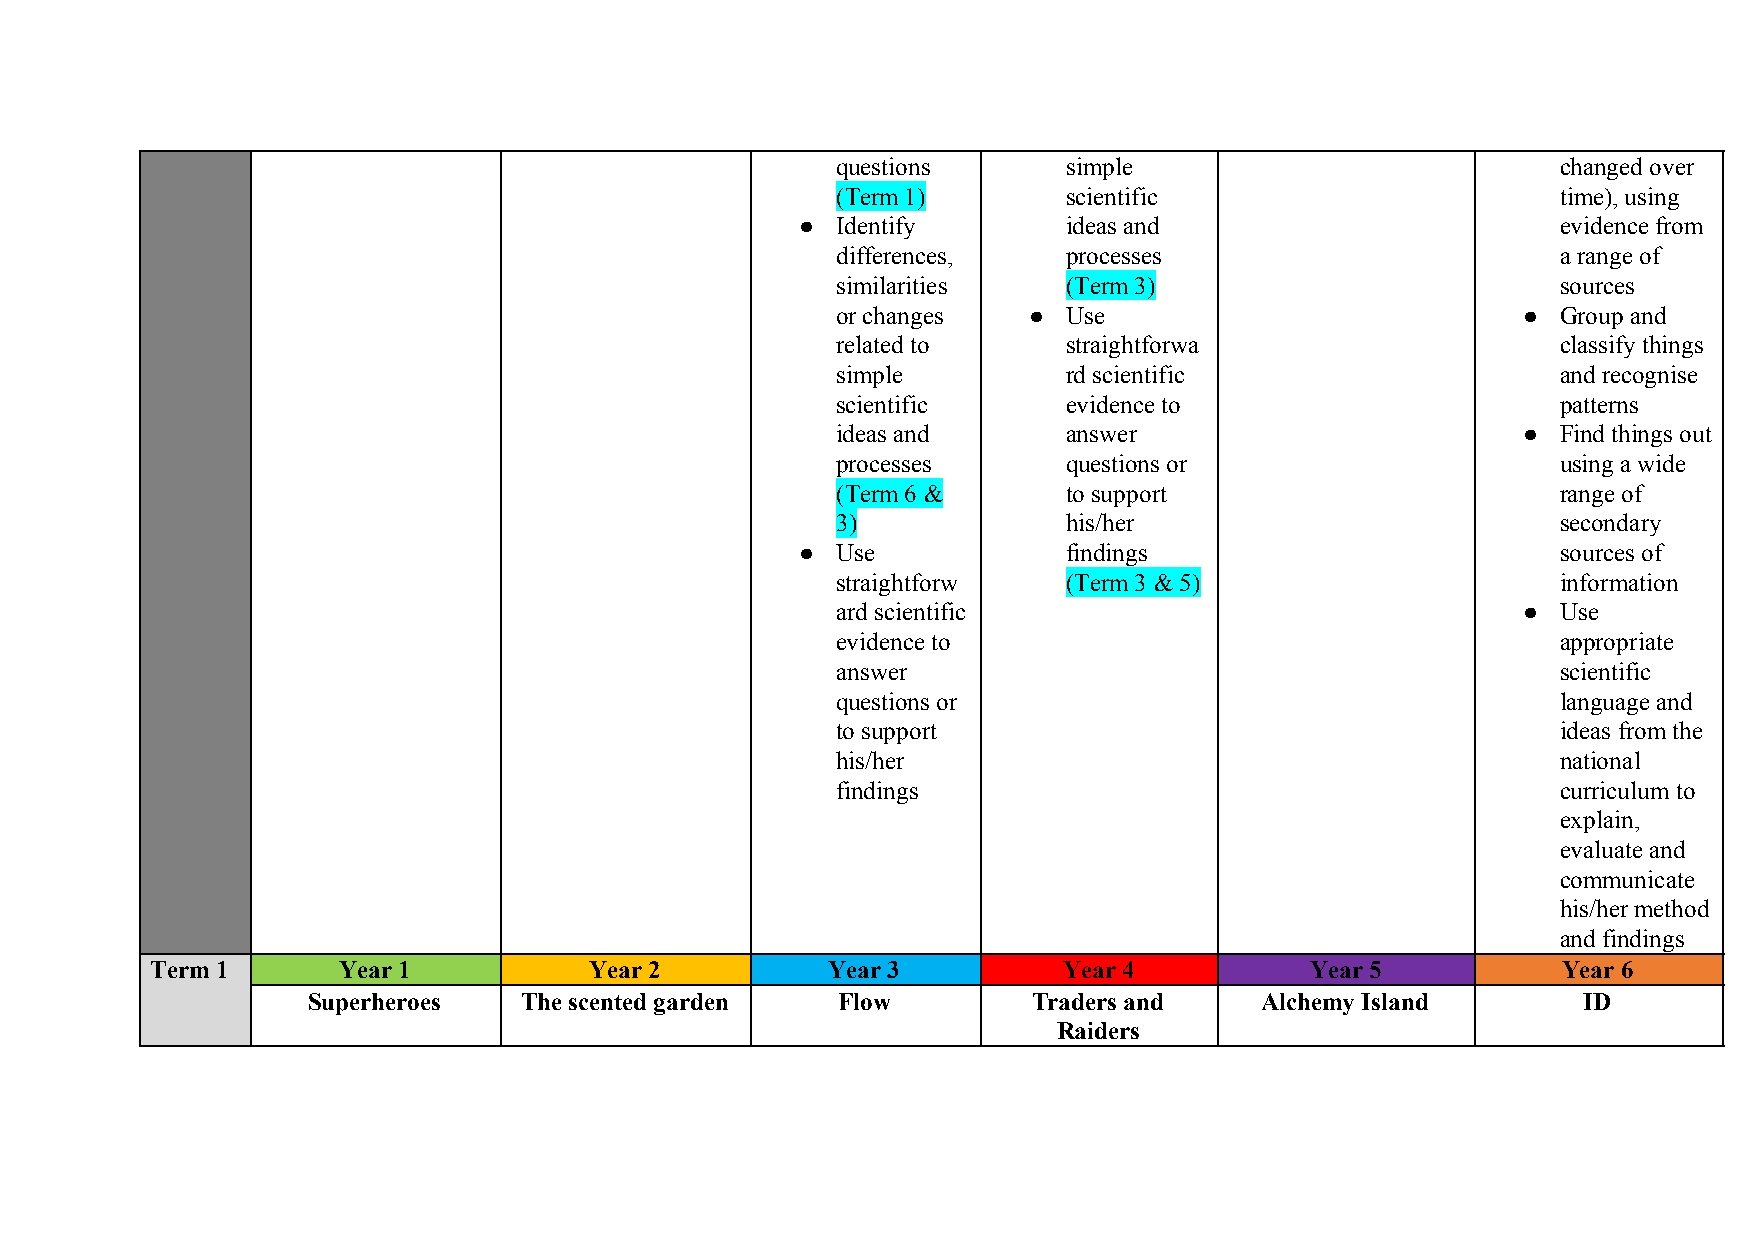
questions       simple                          changed over
 (Term 1)        scientific                      time), using
 ● Identify        ideas and                       evidence from
 differences,    processes                       a range of
 similarities    (Term 3)                        sources
 or changes   ●  Use                           ● Group and
 related to      straightforwa                   classify things
 simple          rd scientific                   and recognise
 scientific      evidence to                     patterns
 ideas and       answer                        ● Find things out
 processes       questions or                    using a wide
 (Term 6 &       to support                      range of
 3)              his/her                         secondary
 ● Use             findings                        sources of
 straightforw    (Term 3 & 5)                    information
 ard scientific                                ● Use
 evidence to                                     appropriate
 answer                                          scientific
 questions or                                    language and
 to support                                      ideas from the
 his/her                                         national
 findings                                        curriculum to
 explain,
 evaluate and
 communicate
 his/her method
 and findings
 Term 1      Year 1           Year 2          Year 3         Year 4           Year 5          Year 6
 Superheroes   The scented garden   Flow         Traders and    Alchemy Island        ID
 Raiders